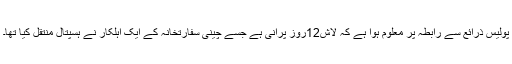
پولیس ذرائع سے رابطہ پر معلوم ہوا ہے کہ لاش12روز پرانی ہے جسے چینی سفارتخانہ کے ایک اہلکار نے ہسپتال منتقل کیا تھا۔